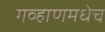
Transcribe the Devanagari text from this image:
गव्हाणमधेच